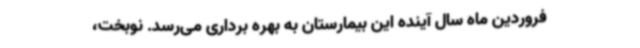
فروردین ماه سال آینده این بیمارستان به بهره برداری می‌رسد. نوبخت،